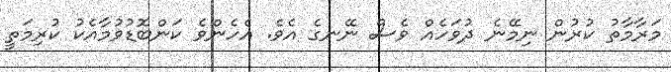
މަރާމާތު ކުރުން ނިމޭނެ ދުވަހެއް ވެސް ނޭނގެ އެވެ. އެހެންވެ ކަންބޮޑުވުމާއެކު ކުރިމަތީ